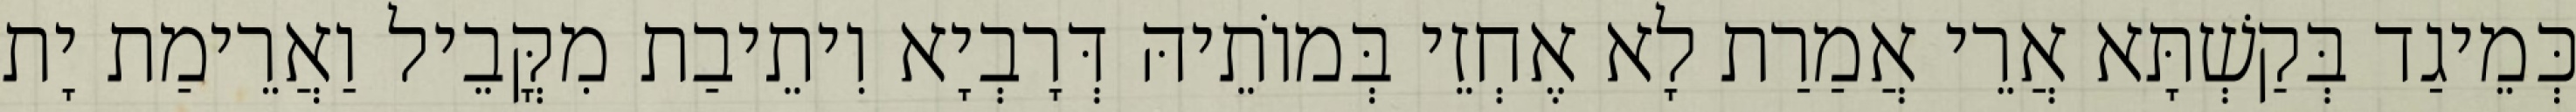
כְּמֵיגַד בְּקַשְׁתָּא אֲרֵי אֲמַרַת לָא אֶחְזֵי בְּמוֹתֵיהּ דְּרָבְיָא וִיתֵיבַת מִקֳּבֵיל וַאֲרֵימַת יָת